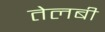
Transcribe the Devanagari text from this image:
तेलबी